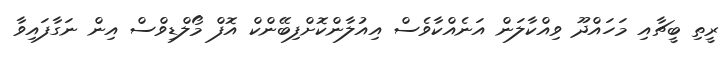
ރީތި ބީޗާއި މަހައްދޫ ވިއްކާލަން އަނެއްކާވެސް އިއުލާންކޮށްފިބޭންކް އޮފް މޯލްޑިވްސް އިން ނަގާފައިވާ